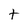
Character: t